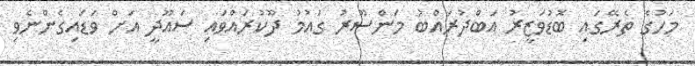
މަހުގެ ތެރޭގައި ބޮޑުވަޒީރު އަބްދުރައްބު މަންސޫރު ގައުމު ދޫކުރައްވައި ސައޫދީ އަށް ވަޑައިގެންނެވި